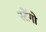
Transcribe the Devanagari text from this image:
स्टेंगो